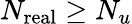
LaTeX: N_{\mathrm{real}}\geq N_{u}